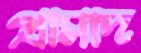
প্রাসাদ